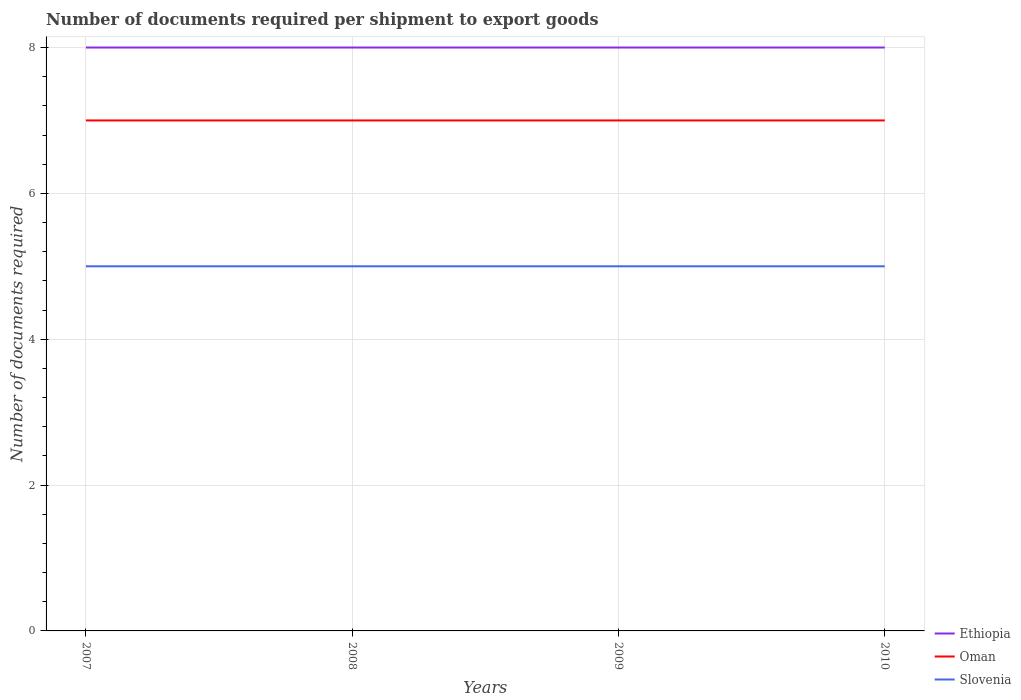
| Years | Ethiopia | Oman | Slovenia |
 | --- | --- | --- | --- |
 | 2007 | 8 | 7 | 5 |
 | 2008 | 8 | 7 | 5 |
 | 2009 | 8 | 7 | 5 |
 | 2010 | 8 | 7 | 5 |